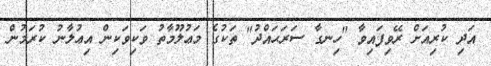
އަދި ކުރިއަށް ރޭވިފައިވާ "ހިނގާ ސަރަޙައްދު" ތަކުގެ މަޢުލޫމާތު ވަކިވަކިން އިޢުލާނު ކުރަމުން